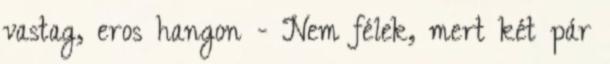
vastag, eros hangon - Nem félek, mert két pár